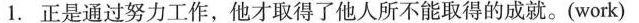
1.正是通过努力工作，他才取得了他人所不能取得的成就。(work)